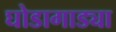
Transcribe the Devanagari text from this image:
घोडागाड्या